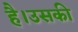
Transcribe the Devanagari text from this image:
है।उसकी